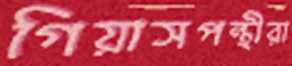
গিয়াসপন্থীরা